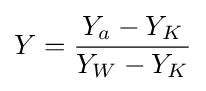
Y={\frac {Y_{a}-Y_{K}}{Y_{W}-Y_{K}}}